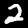
Label: 2